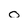
Character: o